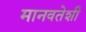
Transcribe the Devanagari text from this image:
मानवतेशी